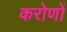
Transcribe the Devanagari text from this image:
करोणों